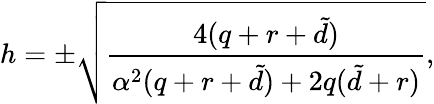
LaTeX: h=\pm\sqrt{\frac{4(q+r+{\tilde{d}})}{\alpha^{2}(q+r+{\tilde{d}})+2q({\tilde{d}}+r)}},